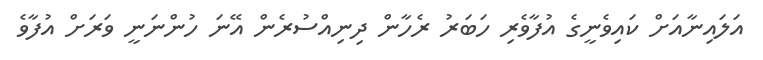
އަލައިނާއަށް ކައިވެނީގެ އުފާވެރި ހަބަރު ރެހާން ދިނިއްސުރެން އޭނަ ހުންނަނީ ވަރަށް އުފާވެ